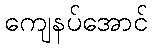
ကျေနပ်အောင်